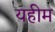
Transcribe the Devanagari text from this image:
यहीम